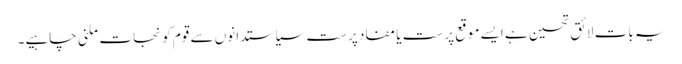
یہ بات لائق تحسین ہے ایسے موقع پرست یا مفاد پرست سیاستدانوں سے قوم کو نجات ملنی چاہیے۔